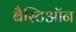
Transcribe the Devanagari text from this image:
बैस्टिऑन